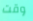
وقت